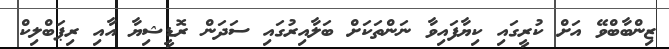
ޒިންބާބްވޭ އަށް ކުރީގައި ކިޔާފައިވާ ނަންތަކަށް ބަލާއިރުގައި ސަދަން ރޮޑީޝިޔާ އާއި ރިޕަބްލިކް